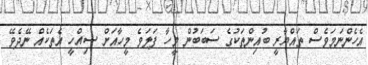
އެހެންނަމަވެސް ތައްޔާރީ ބުއިންތަކުގެ ސަބަބުން މީހާ ފަލަވެ މީހާއަށް ސިއްހީ އެތަކެއް ނޭދެވޭ